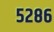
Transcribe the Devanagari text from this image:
५२८६